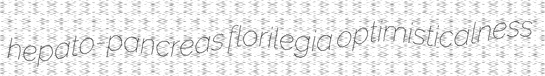
hepato-pancreas florilegia optimisticalness